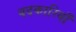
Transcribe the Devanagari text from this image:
बदकारियाँ